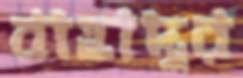
বাহাদুর